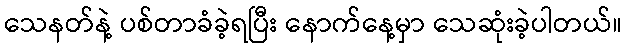
သေနတ်နဲ့ ပစ်တာခံခဲ့ရပြီး နောက်နေ့မှာ သေဆုံးခဲ့ပါတယ်။